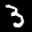
Label: 3